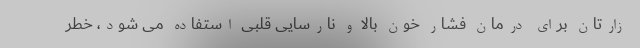
زارتان برای درمان فشار خون بالا و نارسایی قلبی استفاده می شود، خطر